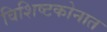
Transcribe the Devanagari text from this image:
विशिष्टकोनात